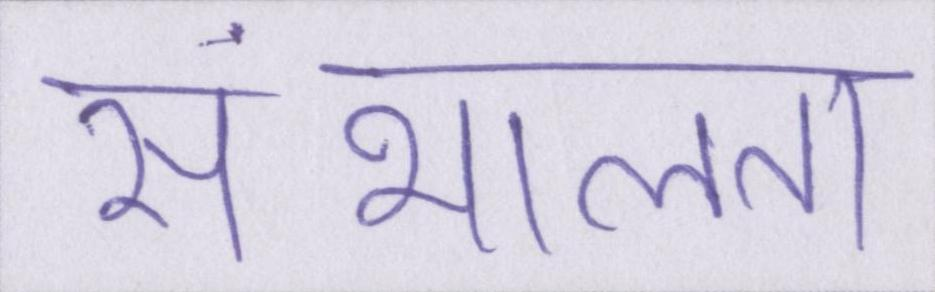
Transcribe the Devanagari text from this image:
संभालता